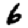
Digit: 6